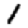
Digit: 1